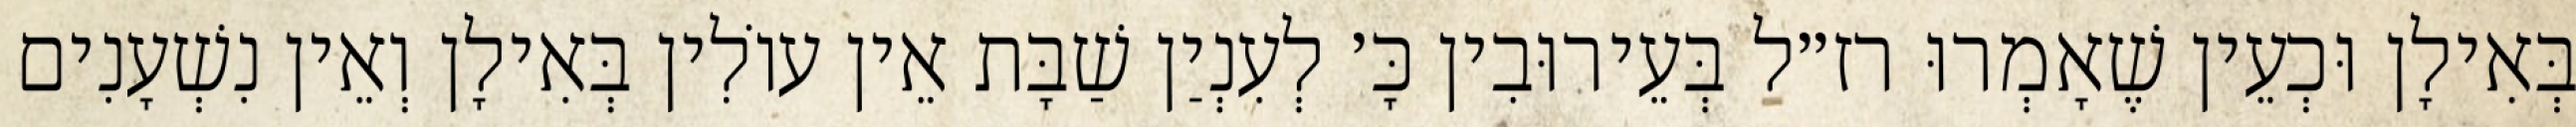
בְּאִילָן וּכְעֵין שֶׁאָמְרוּ רז״ל בְּעֵירוּבִין כָּ׳ לְעִנְיַן שַׁבָּת אֵין עוֹלִין בְּאִילָן וְאֵין נִשְׁעָנִים